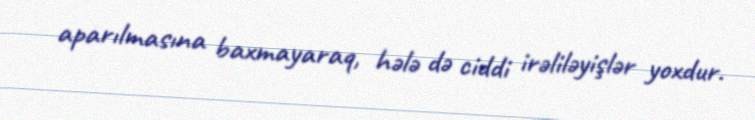
aparılmasına baxmayaraq, hələ də ciddi irəliləyişlər yoxdur.